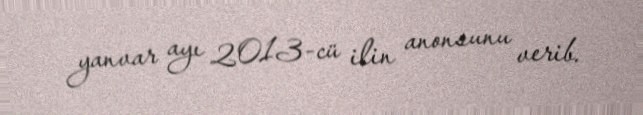
yanvar ayı 2013-cü ilin anonsunu verib.